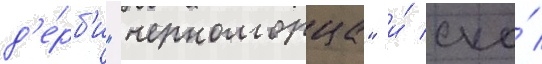
д'е́рб'и "черноморца" и́ ска́